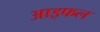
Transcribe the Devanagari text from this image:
आइफल